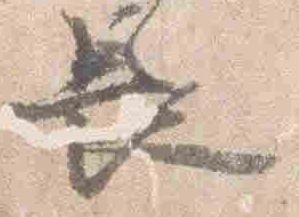
長